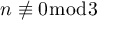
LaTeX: n \not \equiv 0 { \bmod { 3 } }